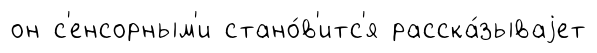
он с'енсорным'и стано́в'итс'я расска́зываjет